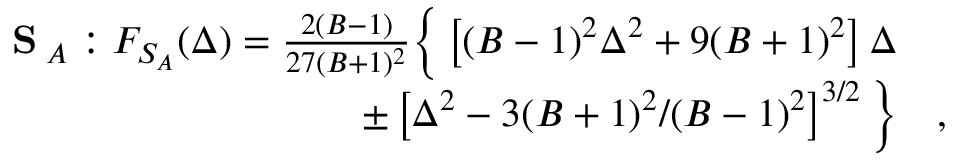
\begin{array} { r l } { \textbf { S } \! _ { A } : F _ { S _ { A } } ( \Delta ) = \frac { 2 ( B - 1 ) } { 2 7 ( B + 1 ) ^ { 2 } } \Big \{ \left[ ( B - 1 ) ^ { 2 } \Delta ^ { 2 } + 9 ( B + 1 ) ^ { 2 } \right] \Delta } & { { } } \\ { \pm \left[ \Delta ^ { 2 } - 3 ( B + 1 ) ^ { 2 } / ( B - 1 ) ^ { 2 } \right] ^ { 3 / 2 } \Big \} } & { { } , } \end{array}